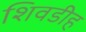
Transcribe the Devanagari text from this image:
शिवडीह